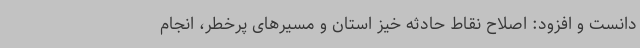
دانست و افزود: اصلاح نقاط حادثه خیز استان و مسیرهای پرخطر، انجام